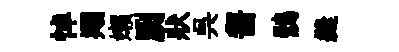
悼翔嬾劂狀呉齧鶻縫